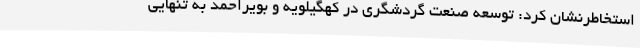
استخاطرنشان کرد: توسعه صنعت گردشگری در کهگیلویه و بویراحمد به تنهایی